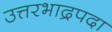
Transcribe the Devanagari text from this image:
उत्तरभाद्रपदा